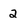
Character: 2